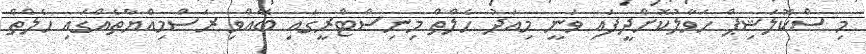
މި ސްކޮލަޝިޕް ހަވާލުކޮށްދީފައި ވަނީ މިއަދު ހެލްތް މިނިސްޓްރީގައި ބޭއްވި ރަސްމިއްޔާތެއްގައި ހެލްތް